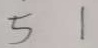
5 1